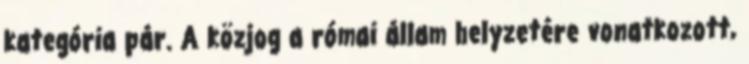
kategória pár. A közjog a római állam helyzetére vonatkozott,